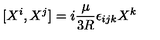
[ X ^ { i } , X ^ { j } ] = i { \frac { \mu } { 3 R } } \epsilon _ { i j k } X ^ { k }